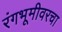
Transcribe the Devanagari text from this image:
रंगभूमीवरचा